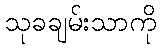
သုခချမ်းသာကို